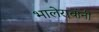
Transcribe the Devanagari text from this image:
भालेरावांनी